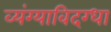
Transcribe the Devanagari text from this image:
व्यंग्याविदग्धा